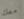
معك